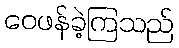
ဝေဖန်ခဲ့ကြသည်